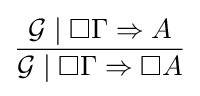
{\frac {{\mathcal {G}}\mid \Box \Gamma \Rightarrow A}{{\mathcal {G}}\mid \Box \Gamma \Rightarrow \Box A}}